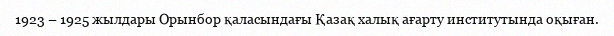
1923 – 1925 жылдары Орынбор қаласындағы Қазақ халық ағарту институтында оқыған.